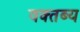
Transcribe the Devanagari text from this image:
वक्‍तब्‍य